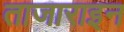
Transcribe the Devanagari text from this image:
ताजाराइन